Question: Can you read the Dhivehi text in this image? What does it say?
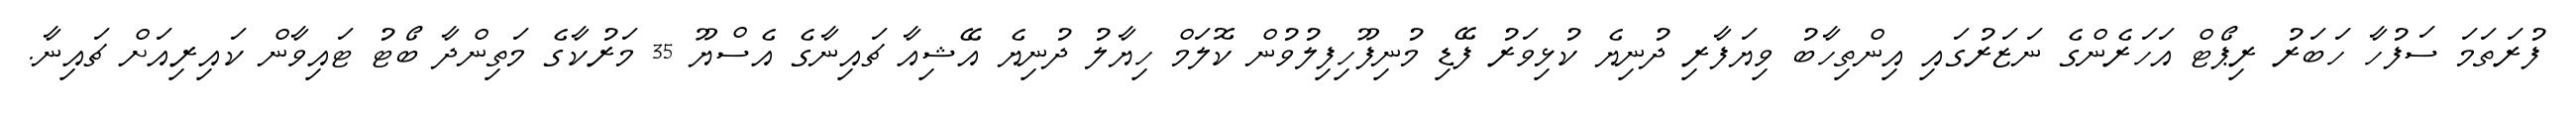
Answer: ފުރަތަމަ ސަފުހާ ހަބަރު ރިޕޯޓް އަހަރެންގެ ނަޒަރުގައި އިންތިހާބު ވިޔަފާރި ދުނިޔެ ކުޅިވަރު ފޭޑި މުނިފޫހިފިލުވުން ކޮލަމް ހިޔާލު ދުނިޔެ އޭޝިއާ ޗައިނާގެ އެސްޔޫ 35 މަރުކާގެ މަތިންދާ ބޯޓު ޓައިވާން ކައިރިއަށް ޗައިނާ.